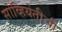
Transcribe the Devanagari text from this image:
सोव्हियेतीची